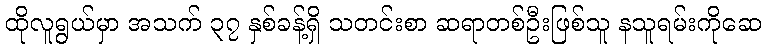
ထိုလူရွယ်မှာ အသက် ၃၇ နှစ်ခန့်ရှိ သတင်းစာ ဆရာတစ်ဦးဖြစ်သူ နသူရမ်းကိုဆေ